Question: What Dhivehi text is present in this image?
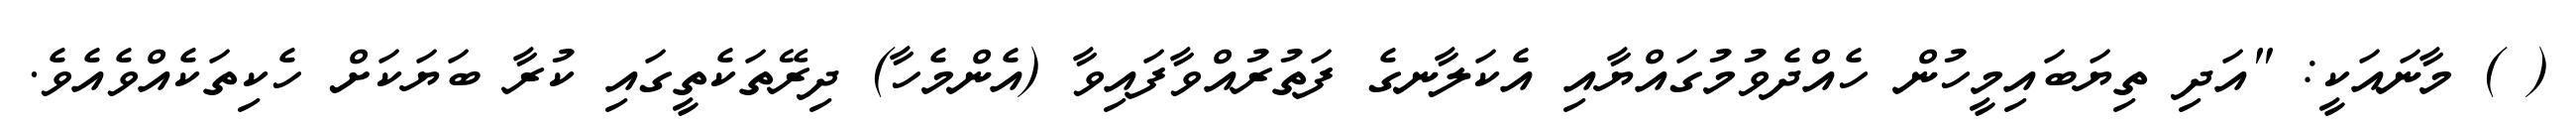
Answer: ( ) މާނައަކީ: "އަދި ތިޔަބައިމީހުން ހެއްދެވުމުގައްޔާއި އެކަލާނގެ ފަތުރުއްވާފައިވާ (އެންމެހާ) ދިރޭތަކެތީގައި ކުރާ ބަޔަކަށް ހެކިތަކެއްވެއެވެ.